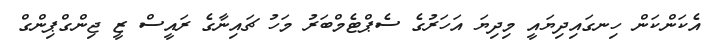
އެކަންކަން ހިނގައިދިޔައީ މިދިޔަ އަހަރުގެ ސެޕްޓެމްބަރު މަހު ޗައިނާގެ ރައީސް ޒީ ޖިންގްޕިންގް